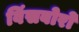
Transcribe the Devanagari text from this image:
विंसबोरो